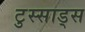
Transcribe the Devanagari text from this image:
टुस्साड्स